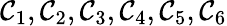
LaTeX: \mathcal{C}_{1},\mathcal{C}_{2},\mathcal{C}_{3},\mathcal{C}_{4},\mathcal{C}_{5},\mathcal{C}_{6}